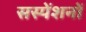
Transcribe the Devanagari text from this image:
सस्पेंशनों